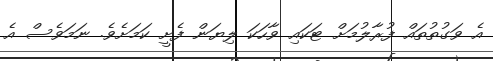
އެ ވަގުތުތައް ފުރާލުމަށް ޓަކައި ވާހަކަ ލިޔަން ފެށީ ކަމަށެވެ. ނަމަވެސް އެ